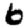
Digit: 6